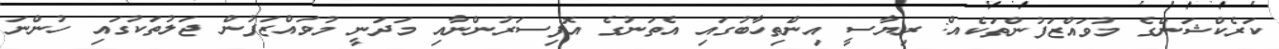
ކަރެކްޝަންގެ މުވައްޒަފުންތަކެއް: ރިޔާސީ އިންތިހާބުގައި އެތަނުގެ އޮފިސަރުންނާއި މަދަނީ މުވައްޒަފުން ޖަލުތަކުގައި ހުންނަ